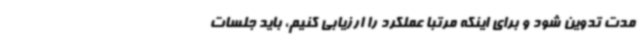
مدت تدوین شود و برای اینکه مرتبا عملکرد را ارزیابی کنیم، باید جلسات